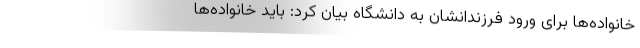
خانواده‌ها برای ورود فرزندانشان به دانشگاه بیان کرد: باید خانواده‌ها